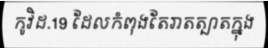
កូវិដ.19 ដែលកំពុងតែរាតត្បាតក្នុង